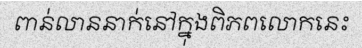
ពាន់លាននាក់នៅក្នុងពិភពលោកនេះ